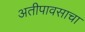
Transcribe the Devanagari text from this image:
अतीपावसाचा